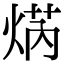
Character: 焫